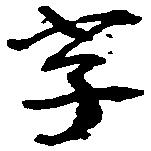
字